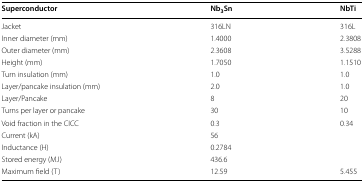
| Superconductor | Nb3Sn | NbTi |
 | --- | --- | --- |
 | Jacket | 316LN | 316L |
 | Inner diameter (mm) | 1.4000 | 2.3808 |
 | Outer diameter (mm) | 2.3608 | 3.5288 |
 | Height (mm) | 1.7050 | 1.1510 |
 | Turn insulation (mm) | 1.0 | 1.0 |
 | Layer/pancake insulation (mm) | 2.0 | 1.0 |
 | Layer/Pancake | 8 | 20 |
 | Turns per layer or pancake | 30 | 10 |
 | Void fraction in the CICC | 0.3 | 0.34 |
 | Current (kA) | <COLSPAN=2> 56 |
 | Inductance (H) | <COLSPAN=2> 0.2784 |
 | Stored energy (MJ) | <COLSPAN=2> 436.6 |
 | Maximum field (T) | 12.59 | 5.455 |